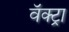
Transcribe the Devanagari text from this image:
वॅक्ट्रा